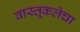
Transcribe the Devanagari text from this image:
वास्तूकलेचा